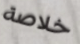
خلاصة